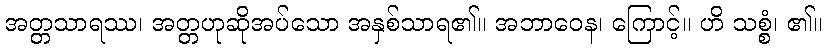
အတ္တသာရဿ၊ အတ္တဟုဆိုအပ်သော အနှစ်သာရ၏။ အဘာဝေန၊ ကြောင့်။ ဟိ သစ္စံ၊ ၏။